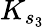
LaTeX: K_{s_{3}}